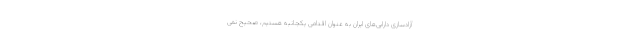
آزادسازی دارایی‌های ایران به عنوان اقدامی یکجانبه هستیم، صحیح نمی